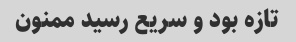
تازه بود و سریع رسید ممنون